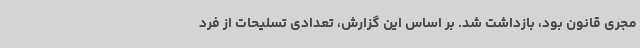
مجری قانون بود، بازداشت شد. بر اساس این گزارش، تعدادی تسلیحات از فرد